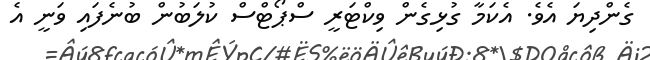
ގެންދިޔަ އެވެ. އެކަމާ ގުޅިގެން ވިކްޓަރީ ސްޕޯޓްސް ކުލަބުން ބުނެފައި ވަނީ އެ